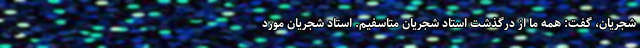
شجریان، گفت: همه ما از درگذشت استاد شجریان متاسفیم. استاد شجریان مورد